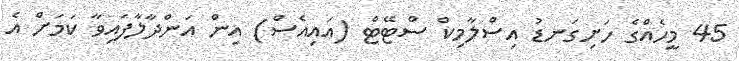
45 މީހެއްގެ ހަށިގަނޑު އިސްލާމިކް ސްޓޭޓް (އައިއެސް) އިން އަންދާލާފައިވާ ކަމަށް އެ